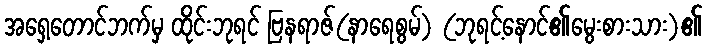
အရှေ့တောင်ဘက်မှ ထိုင်းဘုရင် ဗြနရာဇ်(နာရေစွမ်) (ဘုရင့်နောင်၏မွေးစားသား)၏